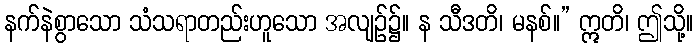
နက်နဲစွာသော သံသရာတည်းဟူသော အလျဉ်၌။ န သီဒတိ၊ မနစ်။” ဣတိ၊ ဤသို့။